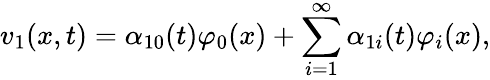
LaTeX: v_{1}(x,t)=\alpha_{10}(t)\varphi_{0}(x)+\sum_{i=1}^{\infty}\alpha_{1i}(t)\varphi_{i}(x),